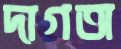
দাগঅ